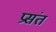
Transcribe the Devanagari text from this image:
प्रसंत